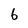
Character: 6